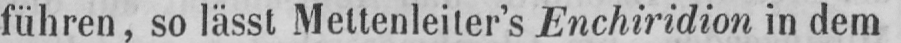
führen, so lässt Mettenleiler’s Enchiridion in dem